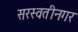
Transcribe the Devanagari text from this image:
सरस्वतीनगर